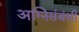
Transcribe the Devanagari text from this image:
अग्निसंबंधी